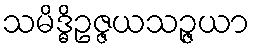
သမိဒ္ဓိဥဇ္ဇယသဉ္ဇယာ